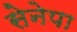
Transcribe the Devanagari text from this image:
सेनेपा